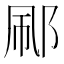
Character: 𬩼